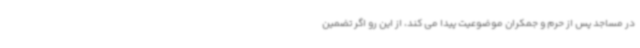
در مساجد پس از حرم و جمکران موضوعیت پیدا می کند، از این رو اگر تضمین